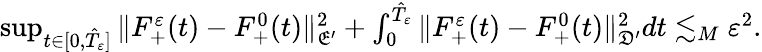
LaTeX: \begin{array}{r}{\operatorname*{sup}_{t\in[0,\hat{T}_{\varepsilon}]}\| F_{+}^{\varepsilon}(t)-F_{+}^{0}(t)\| _{\mathfrak E^{\prime}}^{2}+\int_{0}^{\hat{T}_{\varepsilon}}\| F_{+}^{\varepsilon}(t)-F_{+}^{0}(t)\| _{\mathfrak D^{\prime}}^{2}dt\lesssim_{M}\varepsilon^{2}.}\end{array}